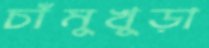
চাঁমুখুড়া